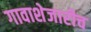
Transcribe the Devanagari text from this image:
गावाशेजारीच